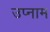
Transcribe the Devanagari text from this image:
उप्नाम